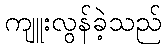
ကျူးလွန်ခဲ့သည်